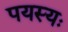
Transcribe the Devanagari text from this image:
पयस्यः